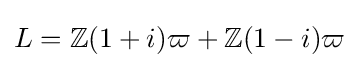
L=\mathbb {Z} (1+i)\varpi +\mathbb {Z} (1-i)\varpi